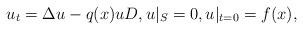
LaTeX: \begin{align*}u_t = \Delta u - q(x)u D, u|_S = 0, u|_{t=0}=f(x),\end{align*}